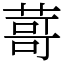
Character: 䔅